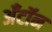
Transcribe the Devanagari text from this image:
अँटॉन